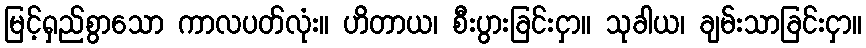
မြင့်ရှည်စွာသော ကာလပတ်လုံး။ ဟိတာယ၊ စီးပွားခြင်းငှာ။ သုခါယ၊ ချမ်းသာခြင်းငှာ။